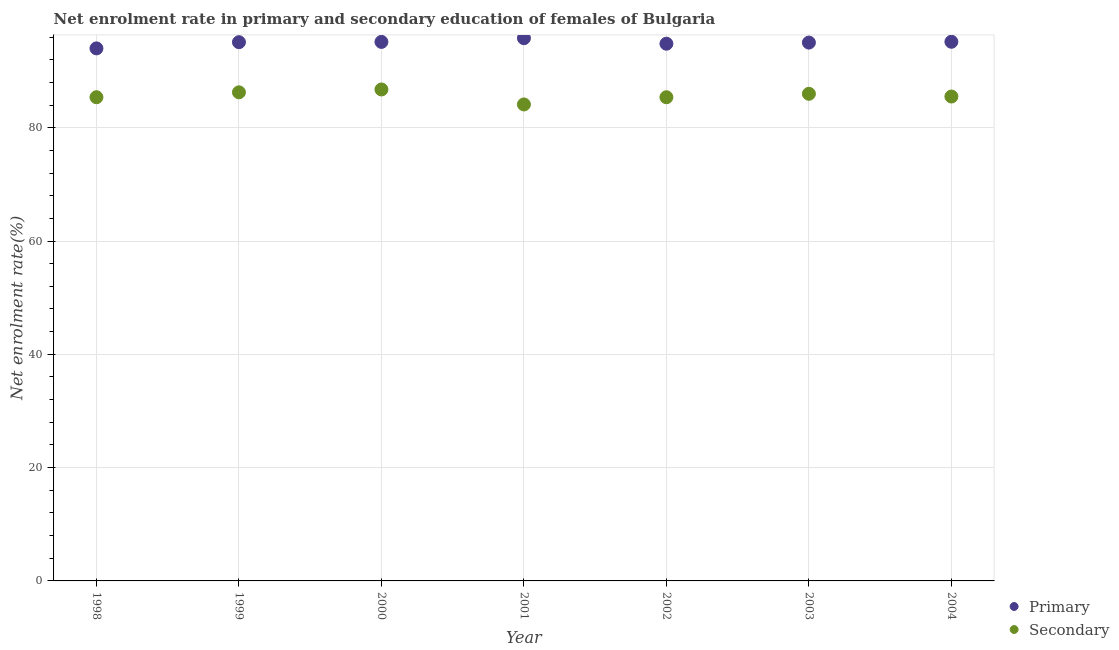
| Year | Primary | Secondary |
 | --- | --- | --- |
 | 1998 | 94 | 85.4 |
 | 1999 | 95.1 | 86.2 |
 | 2000 | 95.1 | 86.8 |
 | 2001 | 95.8 | 84.1 |
 | 2002 | 94.8 | 85.4 |
 | 2003 | 95 | 86 |
 | 2004 | 95.2 | 85.5 |